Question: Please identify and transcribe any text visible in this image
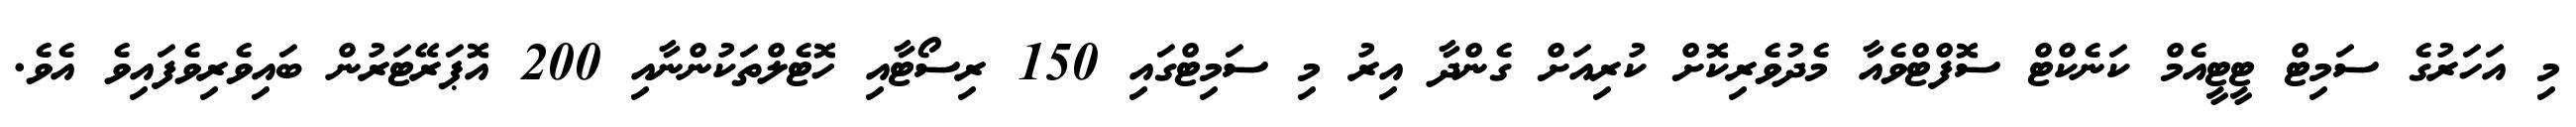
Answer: މި އަހަރުގެ ސަމިޓް ޓީޓީއެމް ކަނެކްޓް ސޮފްޓްވެއާ މެދުވެރިކޮށް ކުރިއަށް ގެންދާ އިރު މި ސަމިޓްގައި 150 ރިސޯޓާއި ހޮޓެލްތަކުންނާއި 200 އޮޕަރޭޓަރުން ބައިވެރިވެފައިވެ އެވެ.